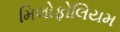
મિલોફોલિયમ